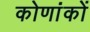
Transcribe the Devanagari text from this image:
कोणांकों